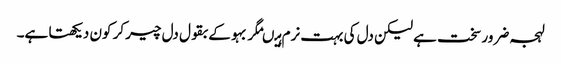
لہجہ ضرور سخت ہے لیکن دل کی بہت نرم ہیںمگر بہو کے بقول دل چیر کر کون دیکھتا ہے۔